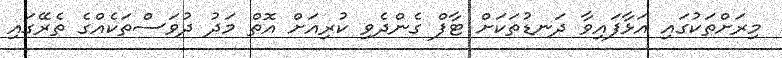
މިރަށްތަކުގައި އަޅާފައިވާ ދަނޑުތަކަށް ޓާފް ގެންދެވި ކުރިއަށް އޮތް މަދު ދުވަސްތަކެއްގެ ތެރޭގައި